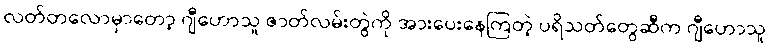
လတ်တလောမှာတော့ ဂျီဟောသူ ဇာတ်လမ်းတွဲကို အားပေးနေကြတဲ့ ပရိသတ်တွေဆီက ဂျီဟောသူ